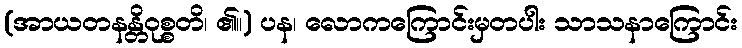
(အာယတနန္တိဝုစ္စတိ၊ ၏။) ပန၊ လောကကြောင်းမှတပါး သာသနာကြောင်း